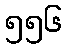
၅၅၆